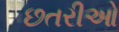
છતરીઓ